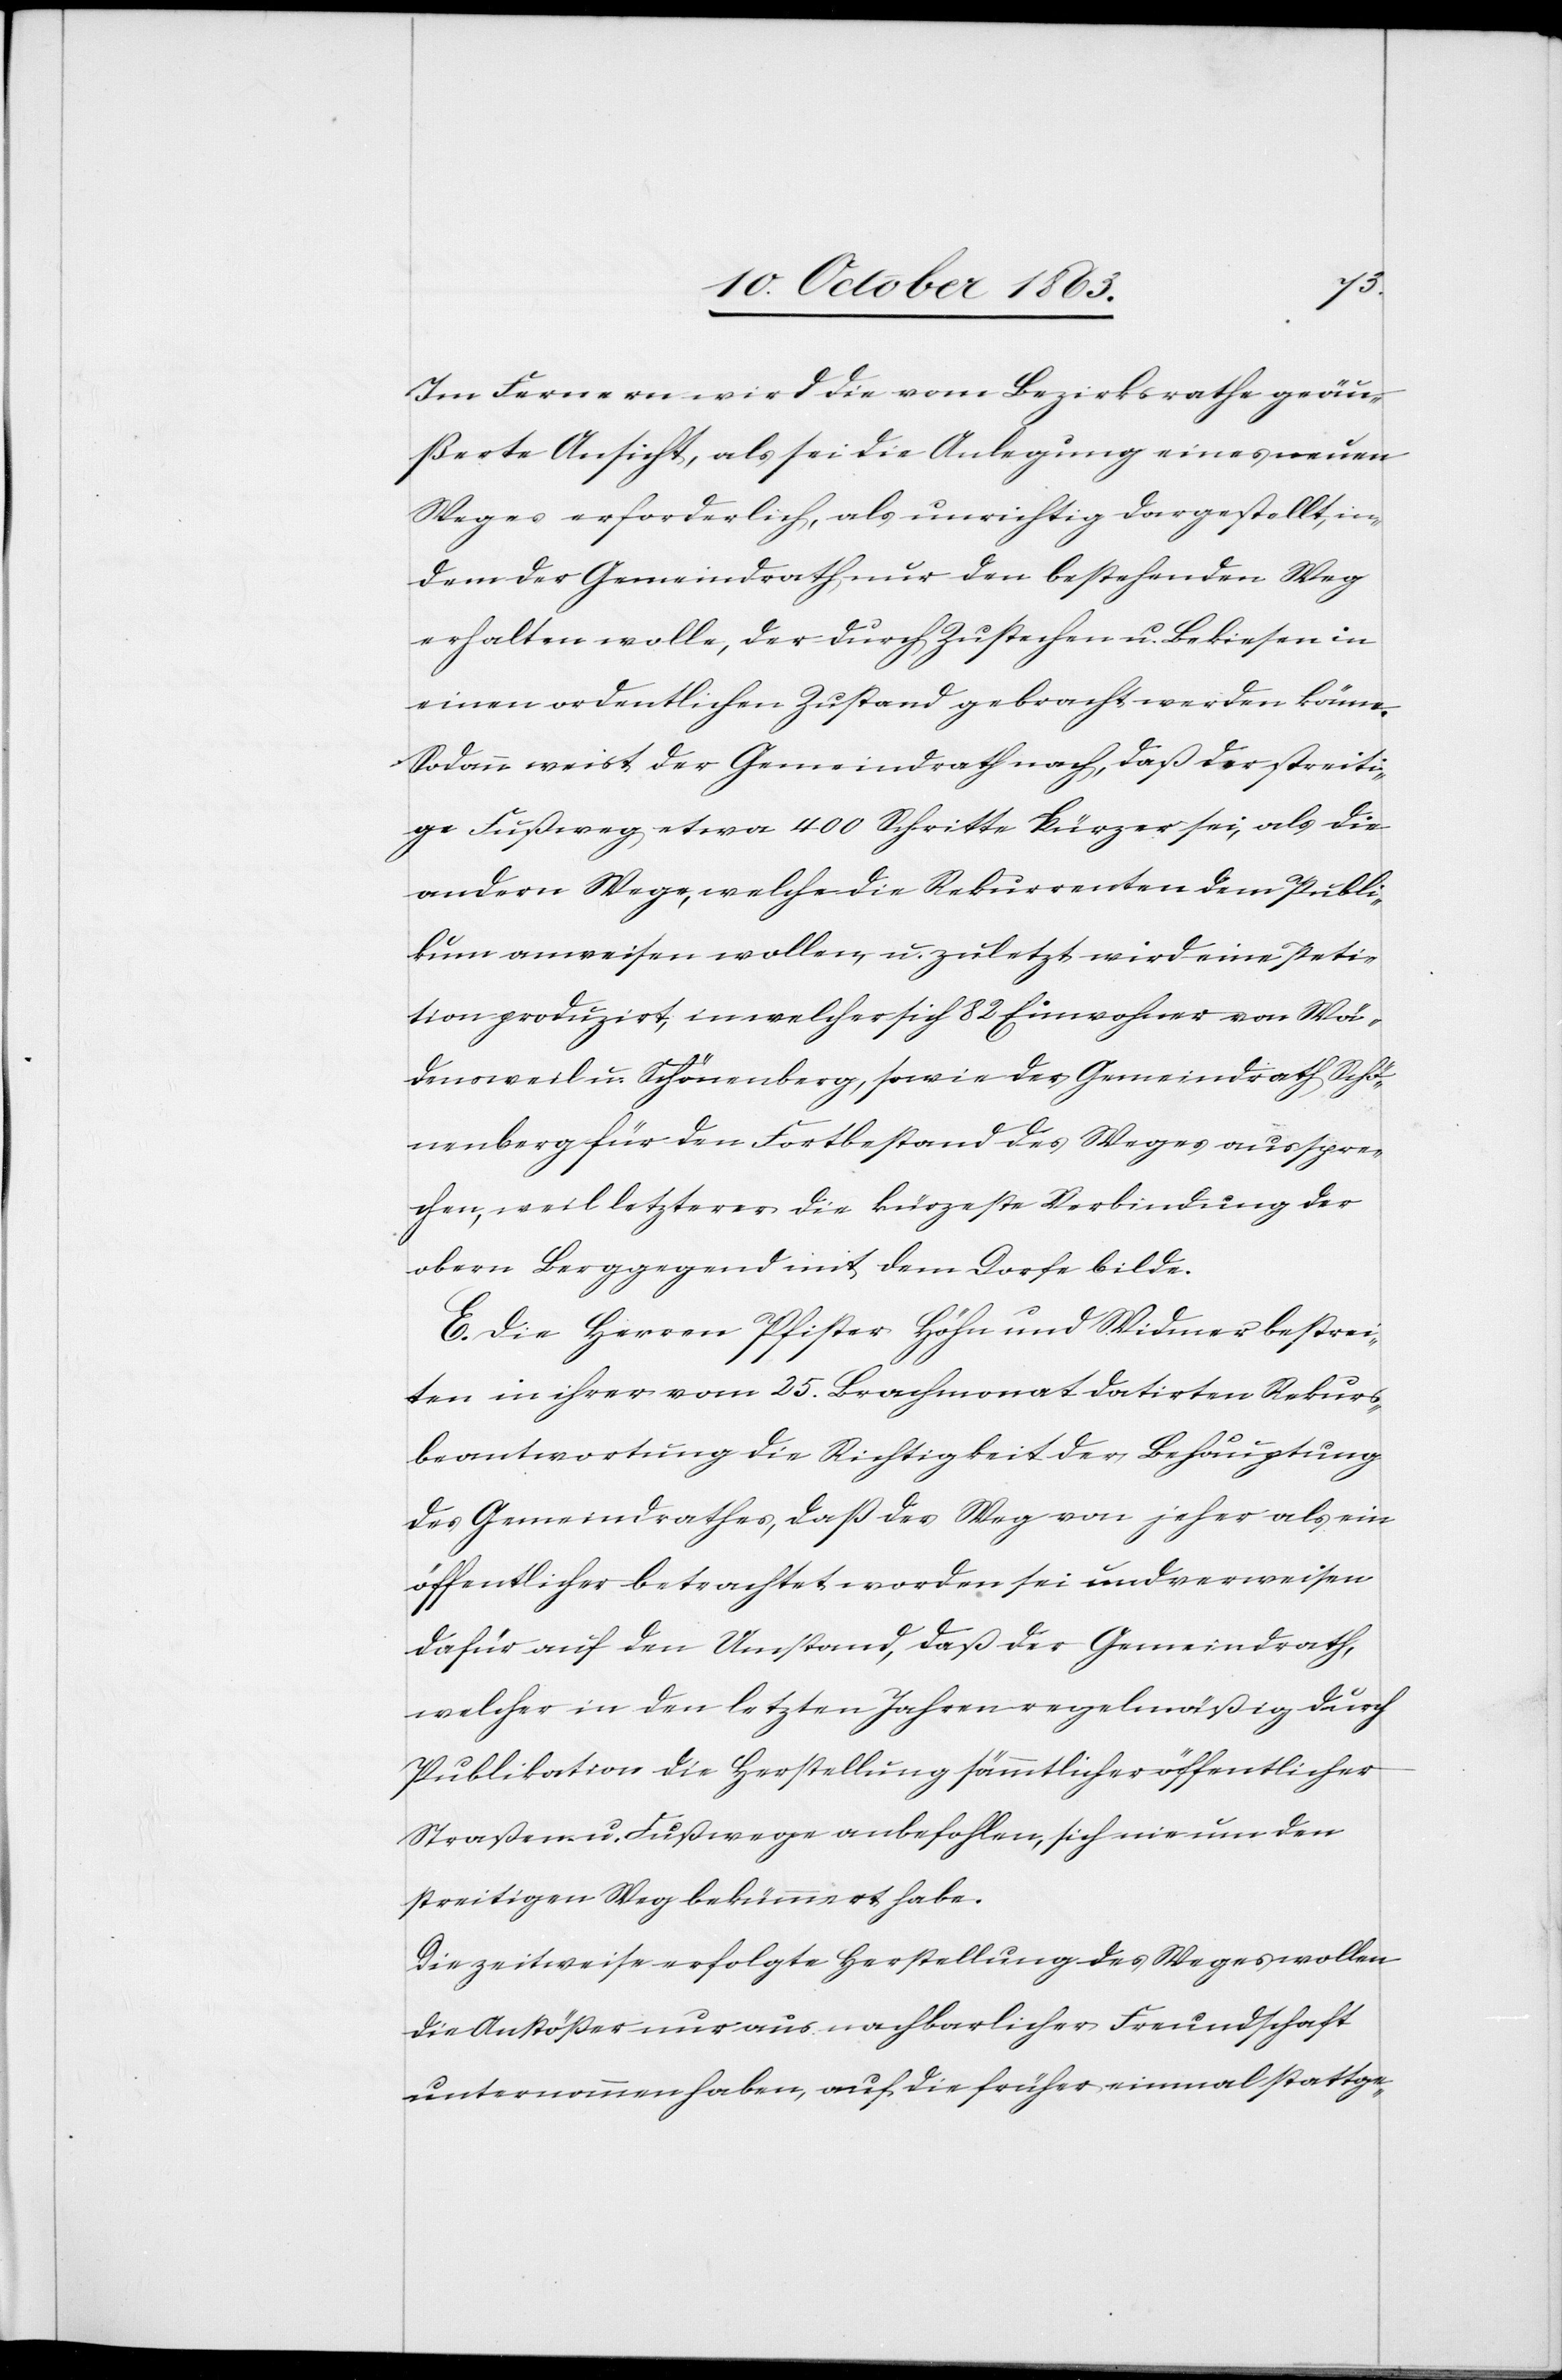
Im Fernern wird die vom Bezirksrathe geäu¬
ßerte Ansicht, als sei die Anlegung eines neuen
Weges erforderlich, als unrichtig dargestellt, in¬
dem der Gemeindrath nur den bestehenden Weg
erhalten wolle, der durch Zustechen u. Bekiesen in
einen ordentlichen Zustand gebracht werden könne.
Sodann weist der Gemeindrath nach, daß der streiti¬
ge Fußweg etwa 400 Schritte kürzer sei, als die
andern Wege, welche die Rekurrenten dem Publi¬
kum anweisen wollen, u. zuletzt wird eine Peti¬
tion produzirt, in welcher sich 82 Einwohner von Wä¬
densweil u. Schönenberg, sowie der Gemeindrath Schö¬
nenberg für den Fortbestand des Weges ausspre¬
chen, weil letzterer die kürzeste Verbindung der
obern Berggegend mit dem Dorfe bilde.
E. Die Herren Pfister[,] Höhn und Widmer bestrei¬
ten in ihrer vom 25. Brachmonat datirten Rekurs¬
beantwortung die Richtigkeit der Behauptung
des Gemeindrathes, daß der Weg von jeher als ein
öffentlicher betrachtet worden sei und verweisen
dafür auf den Umstand, daß der Gemeindrath,
welcher in den letzten Jahren regelmäßig durch
Publikation die Herstellung sämmtlicher öffentlicher
Straßen u. Fußwege anbefohlen, sich nie um den
streitigen Weg bekümmert habe.
Die zeitweise erfolgte Herstellung des Weges wollen
die Anstößer nur aus nachbarlicher Freundschaft
unternommen haben, auf die früher einmal stattge-